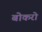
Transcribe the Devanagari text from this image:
बोकरो